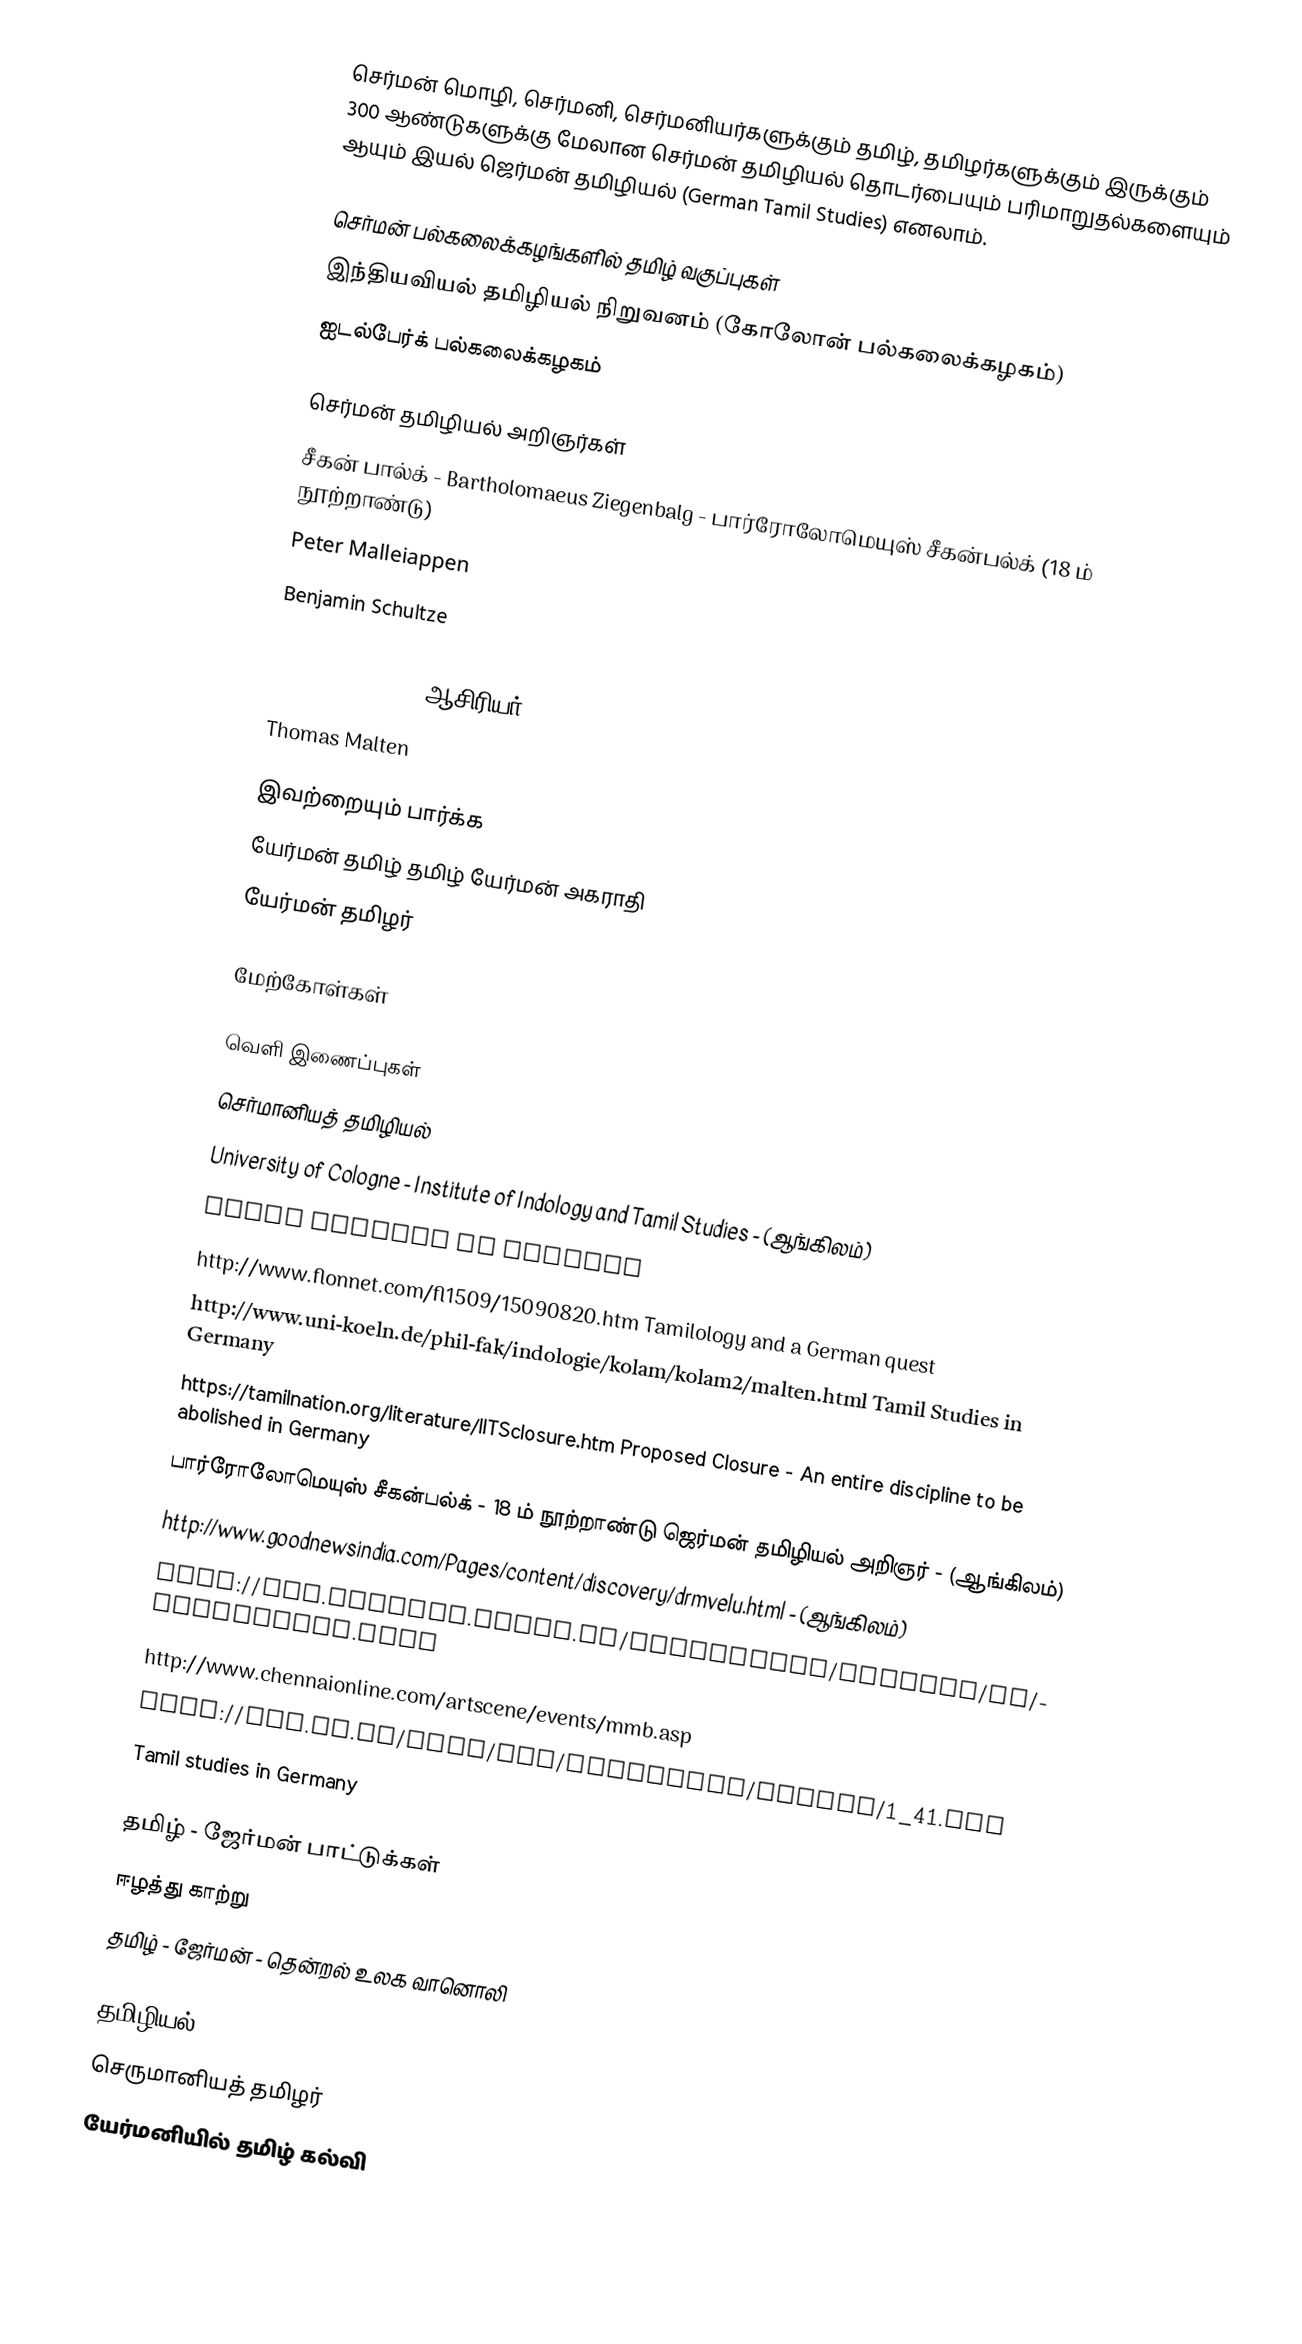
செர்மன் மொழி, செர்மனி, செர்மனியர்களுக்கும் தமிழ், தமிழர்களுக்கும் இருக்கும் 300 ஆண்டுகளுக்கு மேலான செர்மன் தமிழியல் தொடர்பையும் பரிமாறுதல்களையும் ஆயும் இயல் ஜெர்மன் தமிழியல் (German Tamil Studies) எனலாம்.

செர்மன் பல்கலைக்கழங்களில் தமிழ் வகுப்புகள்
 இந்தியவியல் தமிழியல் நிறுவனம் (கோலோன் பல்கலைக்கழகம்)
 ஐடல்பேர்க் பல்கலைக்கழகம்

செர்மன் தமிழியல் அறிஞர்கள்
 சீகன் பால்க் - Bartholomaeus Ziegenbalg - பார்ரோலோமெயுஸ் சீகன்பல்க் (18 ம் நூற்றாண்டு)
 Peter Malleiappen
 Benjamin Schultze
 Karol Graul
 C S Mohanavelu - ஆசிரியர் - German Tamilology
 Thomas Malten

இவற்றையும் பார்க்க
 யேர்மன் தமிழ் தமிழ் யேர்மன் அகராதி
 யேர்மன் தமிழர்

மேற்கோள்கள்

வெளி இணைப்புகள்
 செர்மானியத் தமிழியல்
  University of Cologne - Institute of Indology and Tamil Studies  - (ஆங்கிலம்)
 Tamil Studies in Germany
 http://www.flonnet.com/fl1509/15090820.htm  Tamilology and a German quest
 http://www.uni-koeln.de/phil-fak/indologie/kolam/kolam2/malten.html  Tamil Studies in Germany
 https://tamilnation.org/literature/IITSclosure.htm Proposed Closure - An entire discipline to be abolished in Germany
 பார்ரோலோமெயுஸ் சீகன்பல்க் - 18 ம் நூற்றாண்டு ஜெர்மன் தமிழியல் அறிஞர்  - (ஆங்கிலம்)
 http://www.goodnewsindia.com/Pages/content/discovery/drmvelu.html - (ஆங்கிலம்)
 http://www.chennai.diplo.de/Vertretung/chennai/en/Startseite.html
 http://www.chennaionline.com/artscene/events/mmb.asp
 http://www.kb.dk/elib/mss/treasures/biblen/1_41.htm
 Tamil studies in Germany

தமிழ் - ஜேர்மன் பாட்டுக்கள்
 ஈழத்து காற்று
 தமிழ் - ஜேர்மன் - தென்றல் உலக வானொலி

தமிழியல்
செருமானியத் தமிழர்
யேர்மனியில் தமிழ் கல்வி